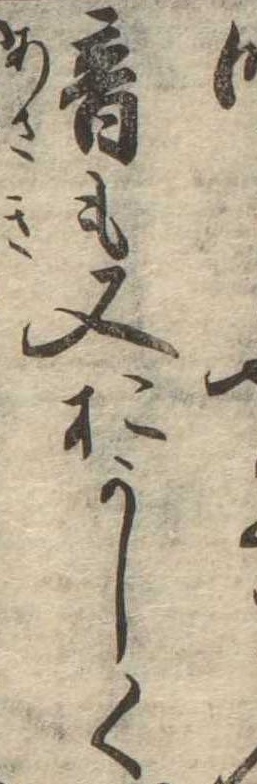
音も又おかしく